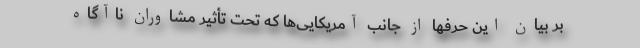
بر بیان این حرفها از جانب آمریکایی‌ها که تحت تأثیر مشاوران ناآگاه